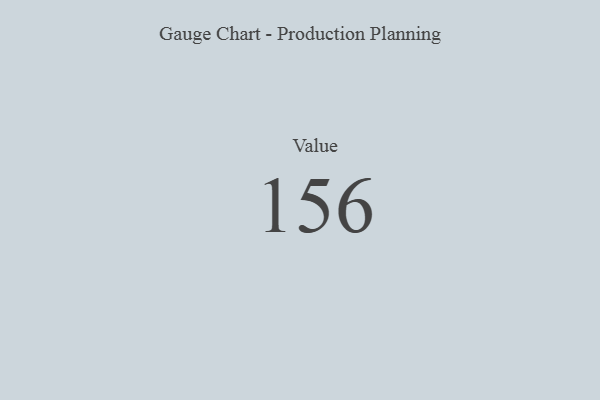
{"axis": {"x": "Metric", "y": "Value"}, "legend": [""], "data": [{"x": "Value", "y": 156, "type": ""}]}